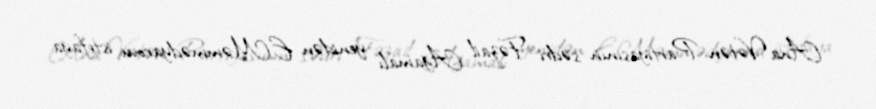
Ana Vətən Partiyasının sədri Fəzail Ağamalı yenidən E.Məmmədyarovu istefaya